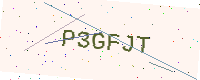
Text: P3GFJT